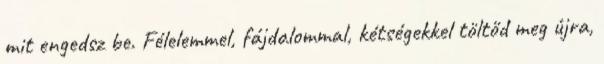
mit engedsz be. Félelemmel, fájdalommal, kétségekkel töltőd meg újra,